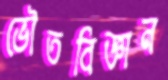
ভৌতবিজ্ঞান